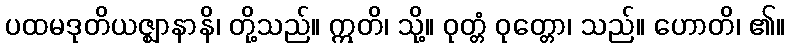
ပထမဒုတိယဇ္ဈာနာနိ၊ တို့သည်။ ဣတိ၊ သို့။ ဝုတ္တံ ဝုတ္တော၊ သည်။ ဟောတိ၊ ၏။